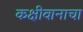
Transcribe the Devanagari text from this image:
कक्षीवानाचा